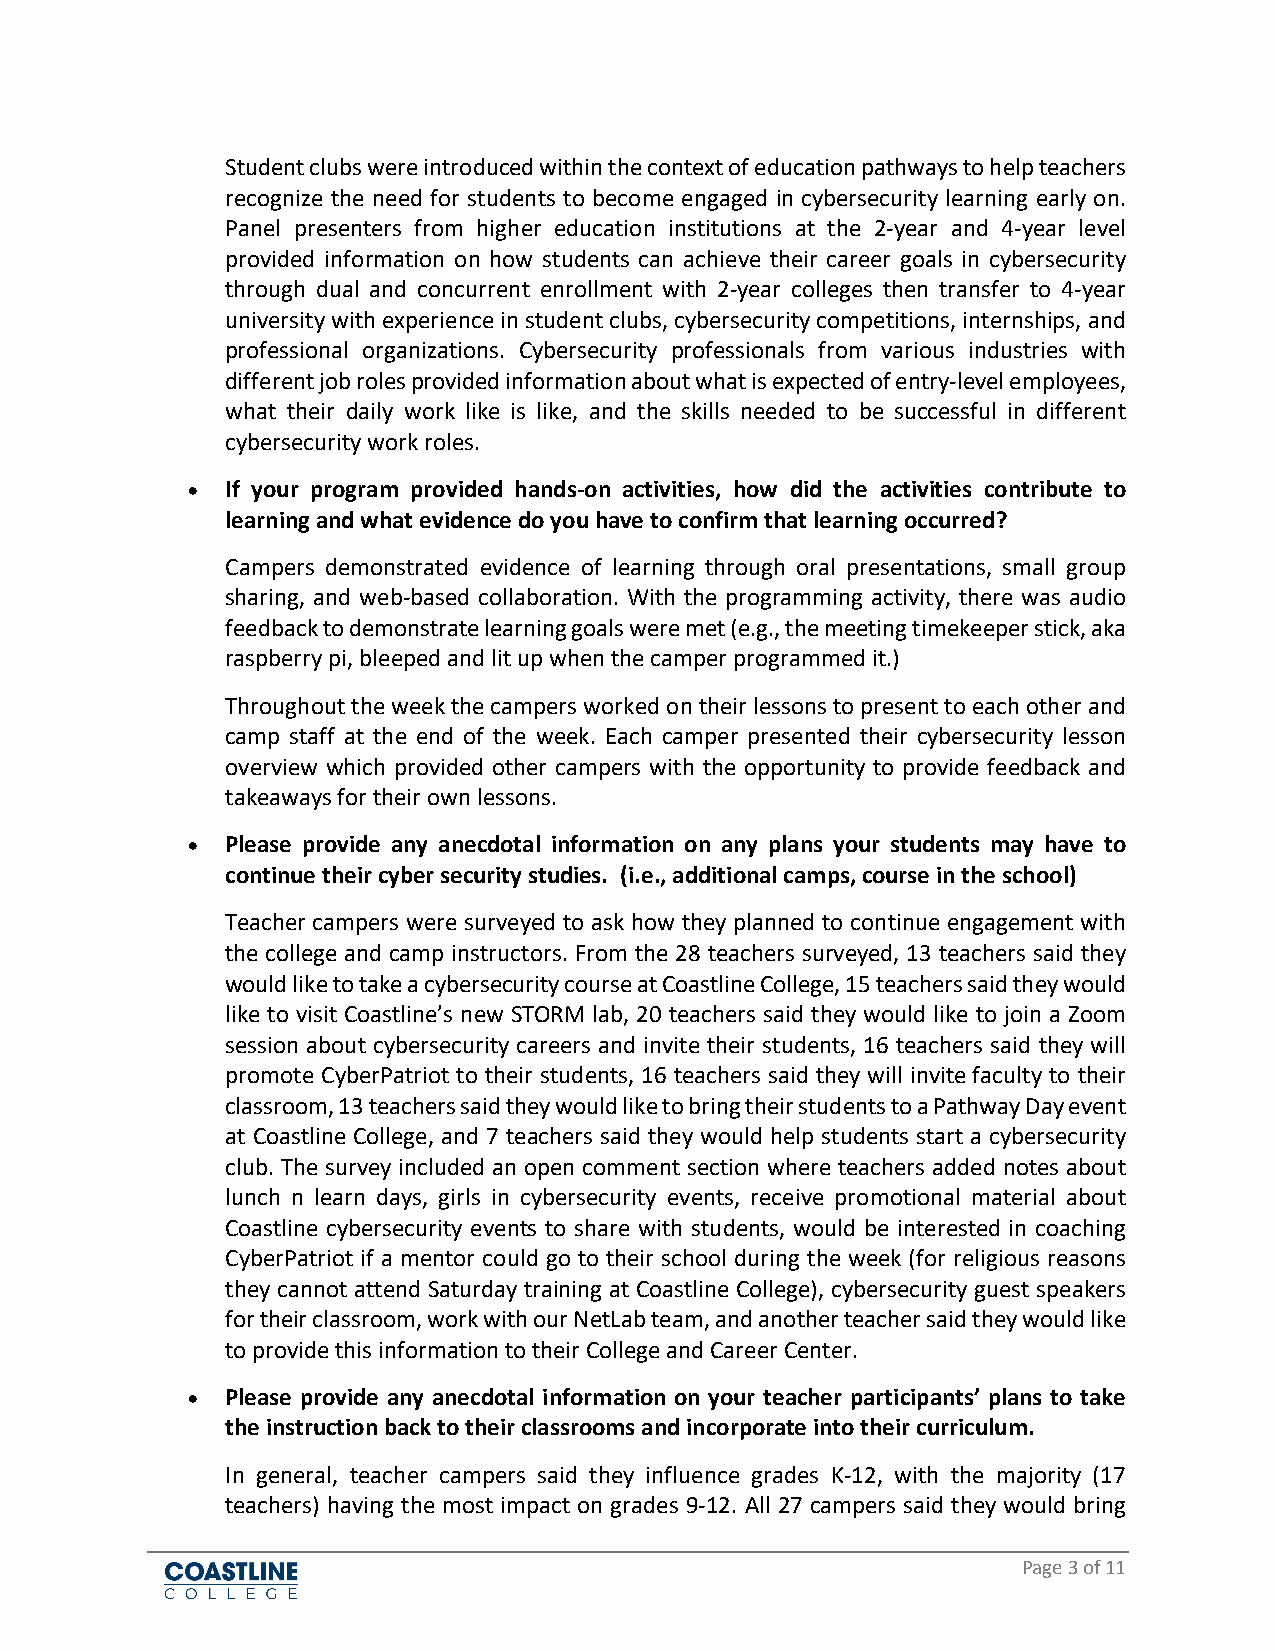
Student clubs were introduced within the context of education pathways to help teachers
 recognize the need for students to become engaged in cybersecurity learning early on.
 Panel presenters from higher education institutions at the 2-year and 4-year level
 provided information on how students can achieve their career goals in cybersecurity
 through dual and concurrent enrollment with 2-year colleges then transfer to 4-year
 university with experience in student clubs, cybersecurity competitions, internships, and
 professional organizations. Cybersecurity professionals from various industries with
 different job roles provided information about what is expected of entry-level employees,
 what their daily work like is like, and the skills needed to be successful in different
 cybersecurity work roles.
 •  If your program provided hands-on activities, how did the activities contribute to
 learning and what evidence do you have to confirm that learning occurred?
 Campers demonstrated evidence of learning through oral presentations, small group
 sharing, and web-based collaboration. With the programming activity, there was audio
 feedback to demonstrate learning goals were met (e.g., the meeting timekeeper stick, aka
 raspberry pi, bleeped and lit up when the camper programmed it.)
 Throughout the week the campers worked on their lessons to present to each other and
 camp staff at the end of the week. Each camper presented their cybersecurity lesson
 overview which provided other campers with the opportunity to provide feedback and
 takeaways for their own lessons.
 •  Please provide any anecdotal information on any plans your students may have to
 continue their cyber security studies. (i.e., additional camps, course in the school)
 Teacher campers were surveyed to ask how they planned to continue engagement with
 the college and camp instructors. From the 28 teachers surveyed, 13 teachers said they
 would like to take a cybersecurity course at Coastline College, 15 teachers said they would
 like to visit Coastline’s new STORM lab, 20 teachers said they would like to join a Zoom
 session about cybersecurity careers and invite their students, 16 teachers said they will
 promote CyberPatriot to their students, 16 teachers said they will invite faculty to their
 classroom, 13 teachers said they would like to bring their students to a Pathway Day event
 at Coastline College, and 7 teachers said they would help students start a cybersecurity
 club. The survey included an open comment section where teachers added notes about
 lunch n learn days, girls in cybersecurity events, receive promotional material about
 Coastline cybersecurity events to share with students, would be interested in coaching
 CyberPatriot if a mentor could go to their school during the week (for religious reasons
 they cannot attend Saturday training at Coastline College), cybersecurity guest speakers
 for their classroom, work with our NetLab team, and another teacher said they would like
 to provide this information to their College and Career Center.
 •  Please provide any anecdotal information on your teacher participants’ plans to take
 the instruction back to their classrooms and incorporate into their curriculum.
 In general, teacher campers said they influence grades K-12, with the majority (17
 teachers) having the most impact on grades 9-12. All 27 campers said they would bring
 Page 3 of 11